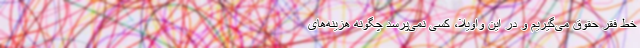
خط فقر حقوق می‌گیریم و در این واویلا، کسی نمی‌پرسد چگونه هزینه‌های